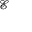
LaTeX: \scriptstyle { \mathcal { E } }